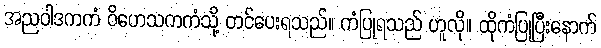
အညဝါဒကကံ ဝိဟေသကကံသို့ တင်ပေးရသည်။ ကံပြုရသည် ဟူလို။ ထိုကံပြုပြီးနောက်